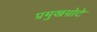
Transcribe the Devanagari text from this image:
प्रमुखग्रोटे